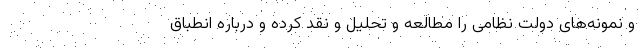
و نمونه‌های دولت نظامی را مطالعه و تحلیل و نقد کرده و درباره انطباق‌